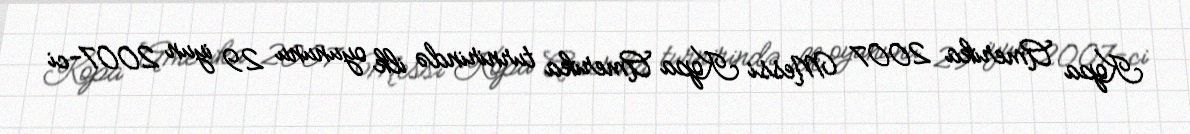
Kopa Amerika 2007 Messi Kopa Amerika turnirində ilk oyununu 29 iyun 2007-ci